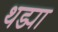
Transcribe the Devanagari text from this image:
थड्या